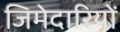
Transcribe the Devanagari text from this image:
जिमेदारियों